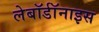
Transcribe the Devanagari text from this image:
लेबॉर्डॉनाइस